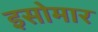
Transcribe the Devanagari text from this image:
इसोमार